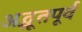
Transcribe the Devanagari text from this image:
अद्भूतपूर्व